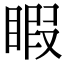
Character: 睱